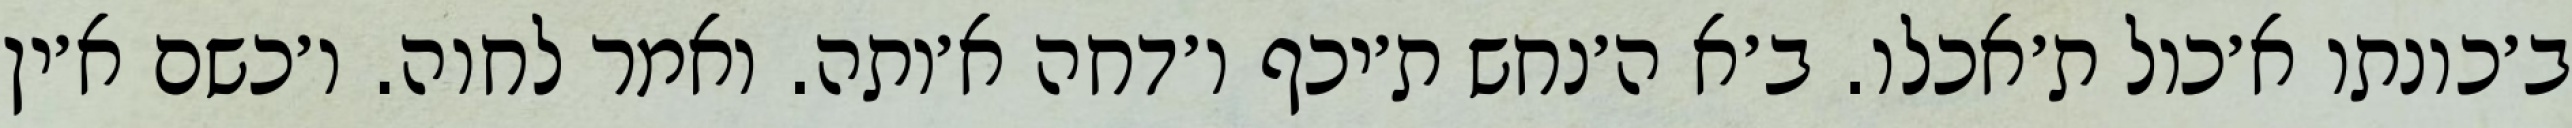
ב׳כונתו א׳כול ת׳אכלו. ב׳א ה׳נחש ת׳יכף ו׳דחה א׳ותה. ואמר לחוה. ו׳כשם א׳ין